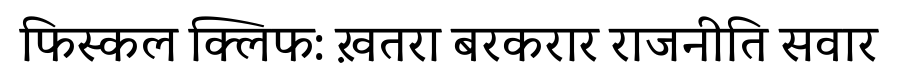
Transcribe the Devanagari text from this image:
फिस्कल क्लिफ: ख़तरा बरकरार राजनीति सवार